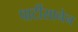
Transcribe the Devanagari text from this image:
पार्टीसानेन